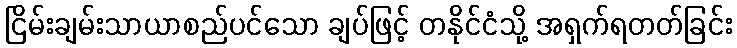
ငြိမ်းချမ်းသာယာစည်ပင်သော ချပ်ဖြင့် တနိုင်ငံသို့ အရှက်ရတတ်ခြင်း